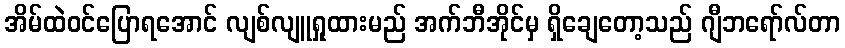
အိမ်ထဲဝင်ပြောရအောင် လျစ်လျူရှုထားမည် အက်ဘီအိုင်မှ ရှိချေတော့သည် ဂျီဘရော်လ်တာ